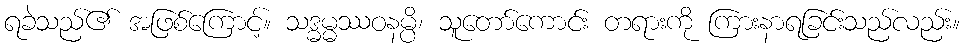
ရခဲသည်၏ အဖြစ်ကြောင့်။ သဒ္ဓမ္မဿဝနမ္ပိ၊ သူတော်ကောင်း တရားကို ကြားနာရခြင်းသည်လည်း။